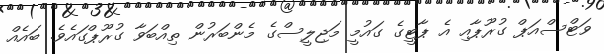
ވަޓްސްއަޕް ގުރޫޕާއި އެ ޕާޓީގެ ގައުމީ މަޖިލީސްގެ މެންބަރުން ތިއްބަވާ ގުރޫޕްގައެވެ. ބައެއް